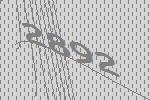
2892